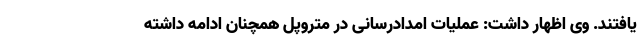
یافتند. وی اظهار داشت: عملیات امدادرسانی در متروپل همچنان ادامه داشته